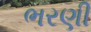
ભરણી